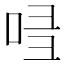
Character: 𠱲